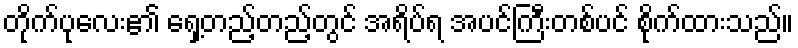
တိုက်ပုလေး၏ ရှေ့တည့်တည့်တွင် အရိပ်ရ အပင်ကြီးတစ်ပင် စိုက်ထားသည်။